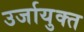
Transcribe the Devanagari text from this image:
उर्जायुक्त